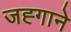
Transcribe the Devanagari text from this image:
जह्गाने